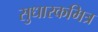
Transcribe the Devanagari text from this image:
सुधारकमित्र